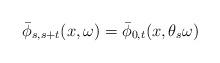
LaTeX: \begin{align*} \bar{\phi}_{s,s+t}(x,\omega)=\bar{\phi}_{0,t}(x,\theta_s\omega) \end{align*}